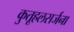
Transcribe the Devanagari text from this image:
कुतूहलसर्जना